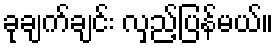
ခုချက်ချင်း လှည့်ပြန်မယ်။